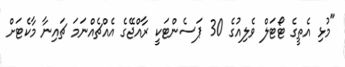
"މުޅި އެތީގެ ޓޯޓަލް ވެލިއުގެ 30 ޕަސެންޓަކީ ރާއްޖޭގެ އެއްޗެއްނަމަ ޗައިނާ މާކެޓަށް